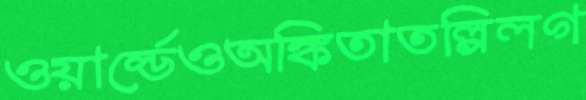
ওয়ার্ল্ডেওঅঙ্কিতাতল্পিলগ